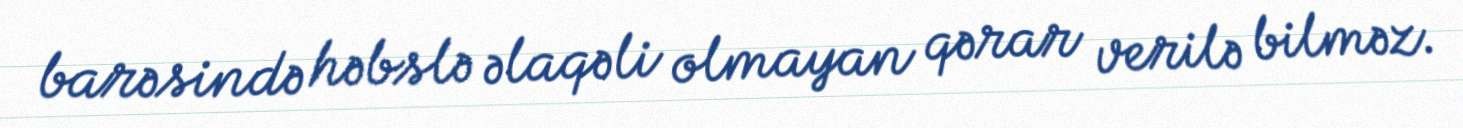
barəsində həbslə əlaqəli olmayan qərar verilə bilməz.